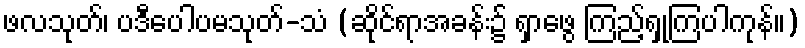
ဖလသုတ်၊ ပဒီပေါပမသုတ်-သံ (ဆိုင်ရာအခန်း၌ ရှာဖွေ ကြည့်ရှုကြပါကုန်။)